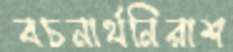
বচনার্থনিরাশ